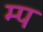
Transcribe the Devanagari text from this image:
म्प